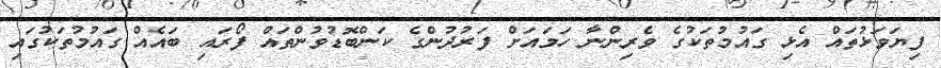
ފިޔަވަޅުތައް އެޅި ގައުމުތަކުގެ ވެރިންނާ ހަމައަށް ފަރުދުންގެ ކަންބޮޑުވުންތައް ފޯރައި ބައެއް ގައުމުތަކުގައި